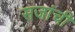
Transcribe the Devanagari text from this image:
सजांची